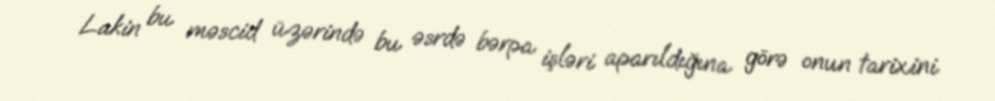
Lakin bu məscid üzərində bu əsrdə bərpa işləri aparıldığına görə onun tarixini